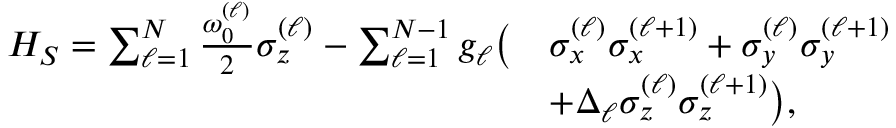
\begin{array} { r l } { H _ { S } = \sum _ { \ell = 1 } ^ { N } \frac { \omega _ { 0 } ^ { ( \ell ) } } { 2 } { \sigma } _ { z } ^ { ( \ell ) } - \sum _ { \ell = 1 } ^ { N - 1 } g _ { \ell } \big ( } & { { \sigma } _ { x } ^ { ( \ell ) } { \sigma } _ { x } ^ { ( \ell + 1 ) } + { \sigma } _ { y } ^ { ( \ell ) } { \sigma } _ { y } ^ { ( \ell + 1 ) } } \\ & { + \Delta _ { \ell } { \sigma } _ { z } ^ { ( \ell ) } { \sigma } _ { z } ^ { ( \ell + 1 ) } \big ) , } \end{array}